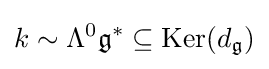
k\sim \Lambda ^{0}{\mathfrak {g}}^{*}\subseteq \mathrm {Ker} (d_{\mathfrak {g}})